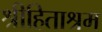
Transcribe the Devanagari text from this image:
श्रीहिताश्रम